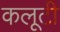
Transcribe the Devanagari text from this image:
कलूटी